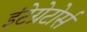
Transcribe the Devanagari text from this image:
इंटेग्रेटोर्स